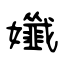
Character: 孅